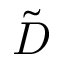
\tilde { D }